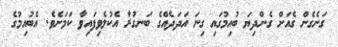
ގަނެގެން ގެއަށް ގެންދިޔަ ބުއިމުގައި ގިނަ އަދަދެއްގެ ބަނގުރާ އެކުލެވިފައިވާ ކަމަށެވެ. އެބުއިމުގެ